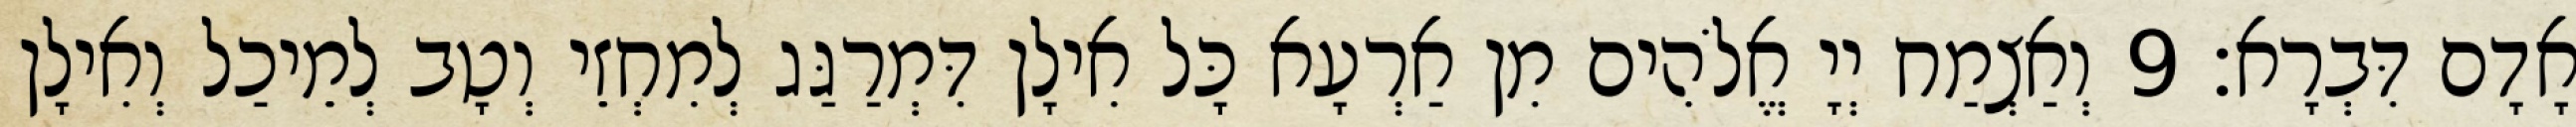
אָדָם דִּבְרָא׃ 9 וְאַצְמַח יְיָ אֱלֹהִים מִן אַרְעָא כָּל אִילָן דִּמְרַגַּג לְמִחְזֵי וְטָב לְמֵיכַל וְאִילָן